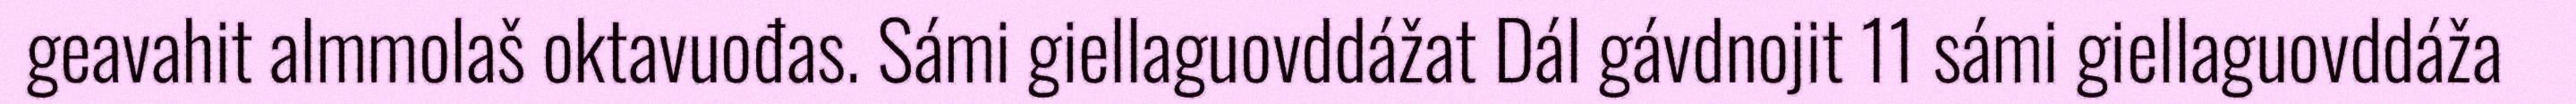
geavahit almmolaš oktavuođas. Sámi giellaguovddážat Dál gávdnojit 11 sámi giellaguovddáža